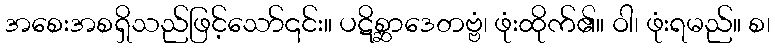
အစေးအစရှိသည်ဖြင့်သော်၎င်း။ ပဋိစ္ဆာဒေတဗ္ဗံ၊ ဖုံးထိုက်၏။ ဝါ၊ ဖုံးရမည်။ စ၊